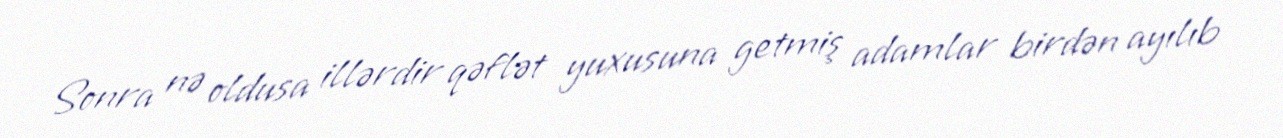
Sonra nə oldusa illərdir qəflət yuxusuna getmiş adamlar birdən ayılıb